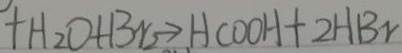
+ H _ { 2 } O + B r _ { 2 } \rightarrow H C O O H + 2 H B r